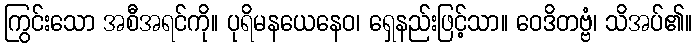
ကြွင်းသော အစီအရင်ကို။ ပုရိမနယေနေဝ၊ ရှေနည်းဖြင့်သာ။ ဝေဒိတဗ္ဗံ၊ သိအပ်၏။